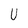
Character: U